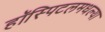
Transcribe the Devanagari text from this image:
हॉस्पिटलमधल्या